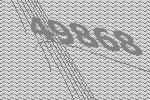
49868